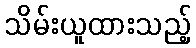
သိမ်းယူထားသည့်